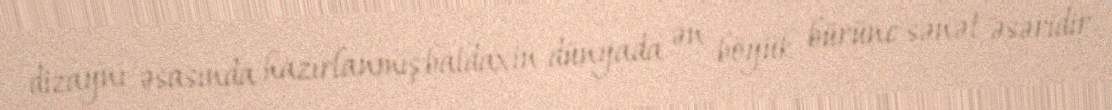
dizaynı əsasında hazırlanmış baldaxin dünyada ən böyük bürünc sənət əsəridir.